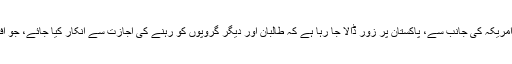
بین الاقوامی ساتھیوں، خصوصی طور پر امریکہ کی جانب سے، پاکستان پر زور ڈالا جا رہا ہے کہ طالبان اور دیگر گروپوں کو رہنے کی اجازت سے انکار کیا جائے، جو افغانستان میں پُرتشدد بغاوت میں ملوث ہیں۔